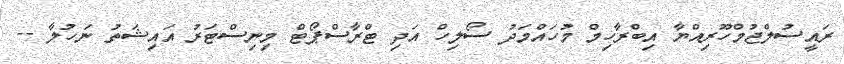
ރައީސުލްޖުމްހޫރިއްޔާ އިބްރާހިމް މުހައްމަދު ސޯލިހް އަދި ޓްރާސްޕޯޓް މިިނިސްޓަރު އައިޝަތު ނަހުލާ --